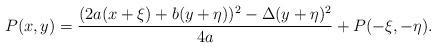
LaTeX: \begin{align*} P(x,y) = \frac{(2a(x+\xi) + b(y+\eta))^{2} - \Delta (y+\eta)^{2}}{4a} + P(-\xi,-\eta).\end{align*}